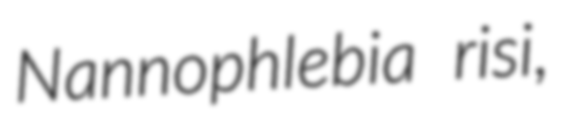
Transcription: Nannophlebia risi,